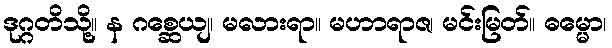
ဒုဂ္ဂတိသို့။ န ဂစ္ဆေယျ၊ မလားရာ။ မဟာရာဇ၊ မင်းမြတ်။ ဓမ္မော၊